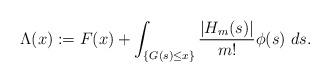
LaTeX: \begin{align*}\Lambda (x) := F (x)+ \int_{\{G(s)\leq x\}} \frac {\lvert H_{m}(s) \rvert} {m!} \phi(s) \ ds.\end{align*}